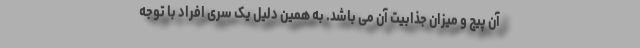
آن پیج و میزان جذابیت آن می باشد. به همین دلیل یک سری افراد با توجه